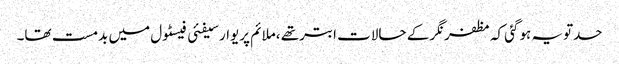
حدتویہ ہوگئی کہ مظفرنگرکے حالات ابترتھے ،ملائم پریوارسیفئی فیسٹول میں بدمست تھا۔